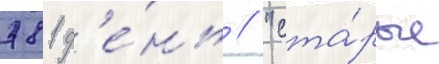
781 д'е́нь // "ста́рые